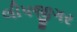
લીપજીગર